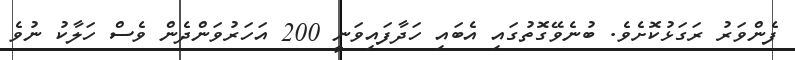
ފެންވަރު ރަގަޅުކޮށެވެ. ބުނެވޭގޮތުގައި އެބައި ހަދާފައިވަނީ 200 އަހަރުވަންދެން ވެސް ހަލާކު ނުވެ